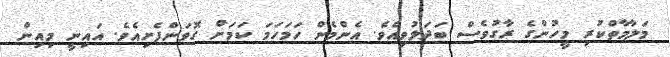
މަލާމާތްކުރި މީހުންގެ ރާގުވެސް ބަދަލުވިއެވެ. އެންމެން ހަމަހަމަ ކަމަށް ގޮވަންފެށިއެވެ. އައިނީ މިއިން